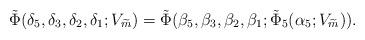
LaTeX: \begin{align*}\tilde{\Phi}(\delta_5,\delta_3,\delta_2,\delta_1;V_{\widetilde{m}})=\tilde{\Phi}(\beta_5,\beta_3,\beta_2,\beta_1;\tilde{\Phi}_5(\alpha_5;V_{\widetilde{m}})).\end{align*}